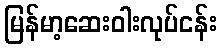
မြန်မာ့ဆေးဝါးလုပ်ငန်း